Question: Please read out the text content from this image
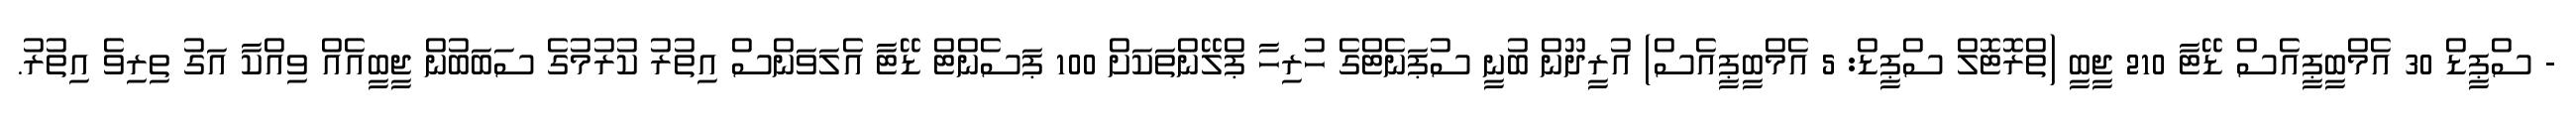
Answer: - ސްޕީޑް 30 އެމްބީޕީއެސް ޑޭޓާ 210 ޖީބީ (ތްރޮޓޮލް ސްޕީޑް: 5 އެމްބީޕީއެސް) އުރީދޫން ބުނީ ސުޕަނެޓްގެ ހުރިހާ ޕްލޭންތަކަށް 100 ޕަސެންޓް ޑޭޓާ އެލަވަންސް އިތުރު ކުރުމުގެ ސަބަބުން ޖީބީއެއް ވިއްކާ އަގު ތިރިވެ އިތުރު.